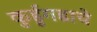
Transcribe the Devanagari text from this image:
कुर्डूगडाचे